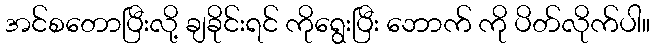
အင်စတောပြီးလို့ ချခိုင်းရင် ကိုရွေးပြီး ဘောက် ကို ပိတ်လိုက်ပါ။